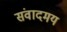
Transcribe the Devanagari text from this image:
संवादमय